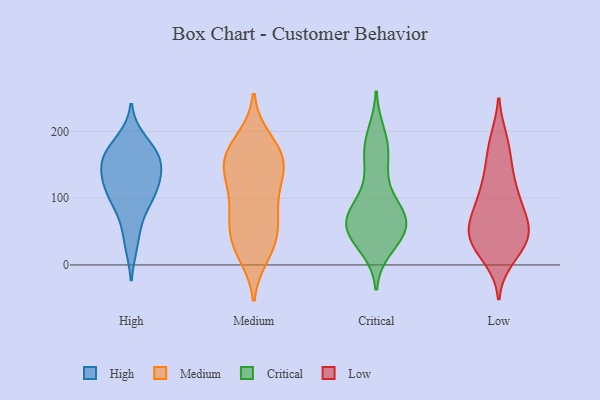
{"axis": {"x": "Waste Production (Tons)", "y": "Value"}, "legend": ["Critical", "High", "Low", "Medium"], "data": [{"x": "", "y": 112, "type": "High"}, {"x": "", "y": 151, "type": "High"}, {"x": "", "y": 155, "type": "High"}, {"x": "", "y": 165, "type": "High"}, {"x": "", "y": 31, "type": "High"}, {"x": "", "y": 70, "type": "High"}, {"x": "", "y": 108, "type": "High"}, {"x": "", "y": 170, "type": "High"}, {"x": "", "y": 141, "type": "High"}, {"x": "", "y": 99, "type": "High"}, {"x": "", "y": 124, "type": "High"}, {"x": "", "y": 187, "type": "High"}, {"x": "", "y": 19, "type": "Medium"}, {"x": "", "y": 124, "type": "Medium"}, {"x": "", "y": 30, "type": "Medium"}, {"x": "", "y": 189, "type": "Medium"}, {"x": "", "y": 148, "type": "Medium"}, {"x": "", "y": 61, "type": "Medium"}, {"x": "", "y": 87, "type": "Medium"}, {"x": "", "y": 147, "type": "Medium"}, {"x": "", "y": 159, "type": "Medium"}, {"x": "", "y": 72, "type": "Medium"}, {"x": "", "y": 105, "type": "Medium"}, {"x": "", "y": 14, "type": "Medium"}, {"x": "", "y": 183, "type": "Medium"}, {"x": "", "y": 46, "type": "Medium"}, {"x": "", "y": 39, "type": "Medium"}, {"x": "", "y": 169, "type": "Medium"}, {"x": "", "y": 134, "type": "Medium"}, {"x": "", "y": 145, "type": "Medium"}, {"x": "", "y": 165, "type": "Medium"}, {"x": "", "y": 82, "type": "Medium"}, {"x": "", "y": 42, "type": "Critical"}, {"x": "", "y": 65, "type": "Critical"}, {"x": "", "y": 69, "type": "Critical"}, {"x": "", "y": 60, "type": "Critical"}, {"x": "", "y": 179, "type": "Critical"}, {"x": "", "y": 157, "type": "Critical"}, {"x": "", "y": 81, "type": "Critical"}, {"x": "", "y": 28, "type": "Critical"}, {"x": "", "y": 52, "type": "Critical"}, {"x": "", "y": 195, "type": "Critical"}, {"x": "", "y": 43, "type": "Critical"}, {"x": "", "y": 174, "type": "Critical"}, {"x": "", "y": 131, "type": "Critical"}, {"x": "", "y": 67, "type": "Critical"}, {"x": "", "y": 49, "type": "Critical"}, {"x": "", "y": 86, "type": "Critical"}, {"x": "", "y": 86, "type": "Critical"}, {"x": "", "y": 85, "type": "Low"}, {"x": "", "y": 149, "type": "Low"}, {"x": "", "y": 43, "type": "Low"}, {"x": "", "y": 188, "type": "Low"}, {"x": "", "y": 18, "type": "Low"}, {"x": "", "y": 118, "type": "Low"}, {"x": "", "y": 154, "type": "Low"}, {"x": "", "y": 69, "type": "Low"}, {"x": "", "y": 53, "type": "Low"}, {"x": "", "y": 27, "type": "Low"}, {"x": "", "y": 44, "type": "Low"}, {"x": "", "y": 111, "type": "Low"}, {"x": "", "y": 33, "type": "Low"}, {"x": "", "y": 110, "type": "Low"}, {"x": "", "y": 86, "type": "Low"}, {"x": "", "y": 44, "type": "Low"}, {"x": "", "y": 68, "type": "Low"}, {"x": "", "y": 53, "type": "Low"}, {"x": "", "y": 186, "type": "Low"}, {"x": "", "y": 10, "type": "Low"}]}